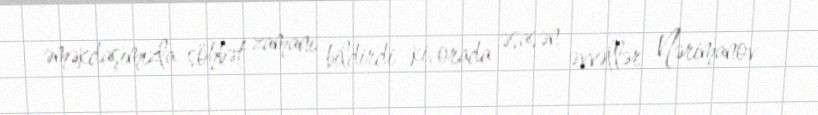
əməkdaşımızla söhbət zamanı bildirdi ki, orada əsasən əvvəllər Nərimanov